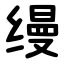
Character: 缦